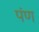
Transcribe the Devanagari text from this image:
पंण